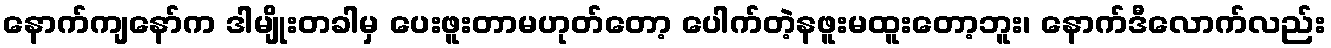
နောက်ကျနော်က ဒါမျိုးတခါမှ ပေးဖူးတာမဟုတ်တော့ ပေါက်တဲ့နဖူးမထူးတော့ဘူး၊ နောက်ဒီလောက်လည်း